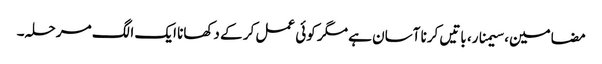
مضامین، سیمنار، باتیں کرنا آسان ہے مگر کوئی عمل کر کے دکھانا ایک الگ مرحلہ۔